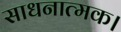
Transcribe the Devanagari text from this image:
साधनात्मक।